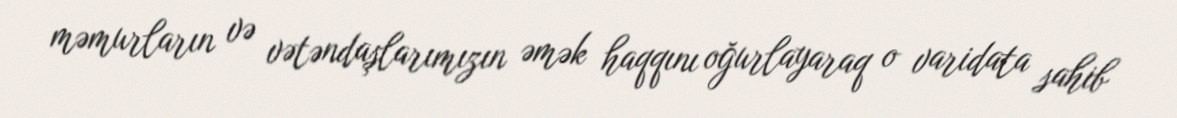
məmurların və vətəndaşlarımızın əmək haqqını oğurlayaraq o varidata sahib